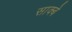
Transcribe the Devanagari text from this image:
साक्बे